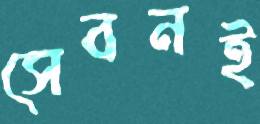
সেবনই